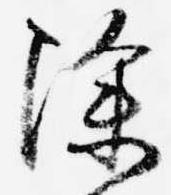
除